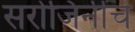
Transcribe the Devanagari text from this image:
सरोजिनींचे